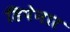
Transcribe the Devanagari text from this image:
डिपेनार